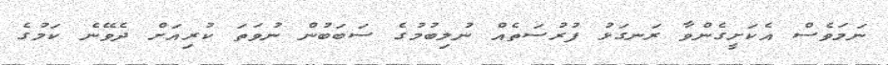
ނަމަވެސް އެކަށީގެންވާ ރަނގަޅު ފުރުސަތެއް ނުލިބުމުގެ ސަބަބުން ނުވަތަ ކުރިއަށް ދެވޭނެ ކަމުގެ